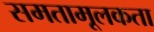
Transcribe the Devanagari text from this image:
समतामूलकता